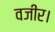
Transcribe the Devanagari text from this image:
वजीर।